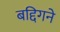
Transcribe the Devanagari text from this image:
बद्दिगने